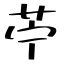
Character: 苧